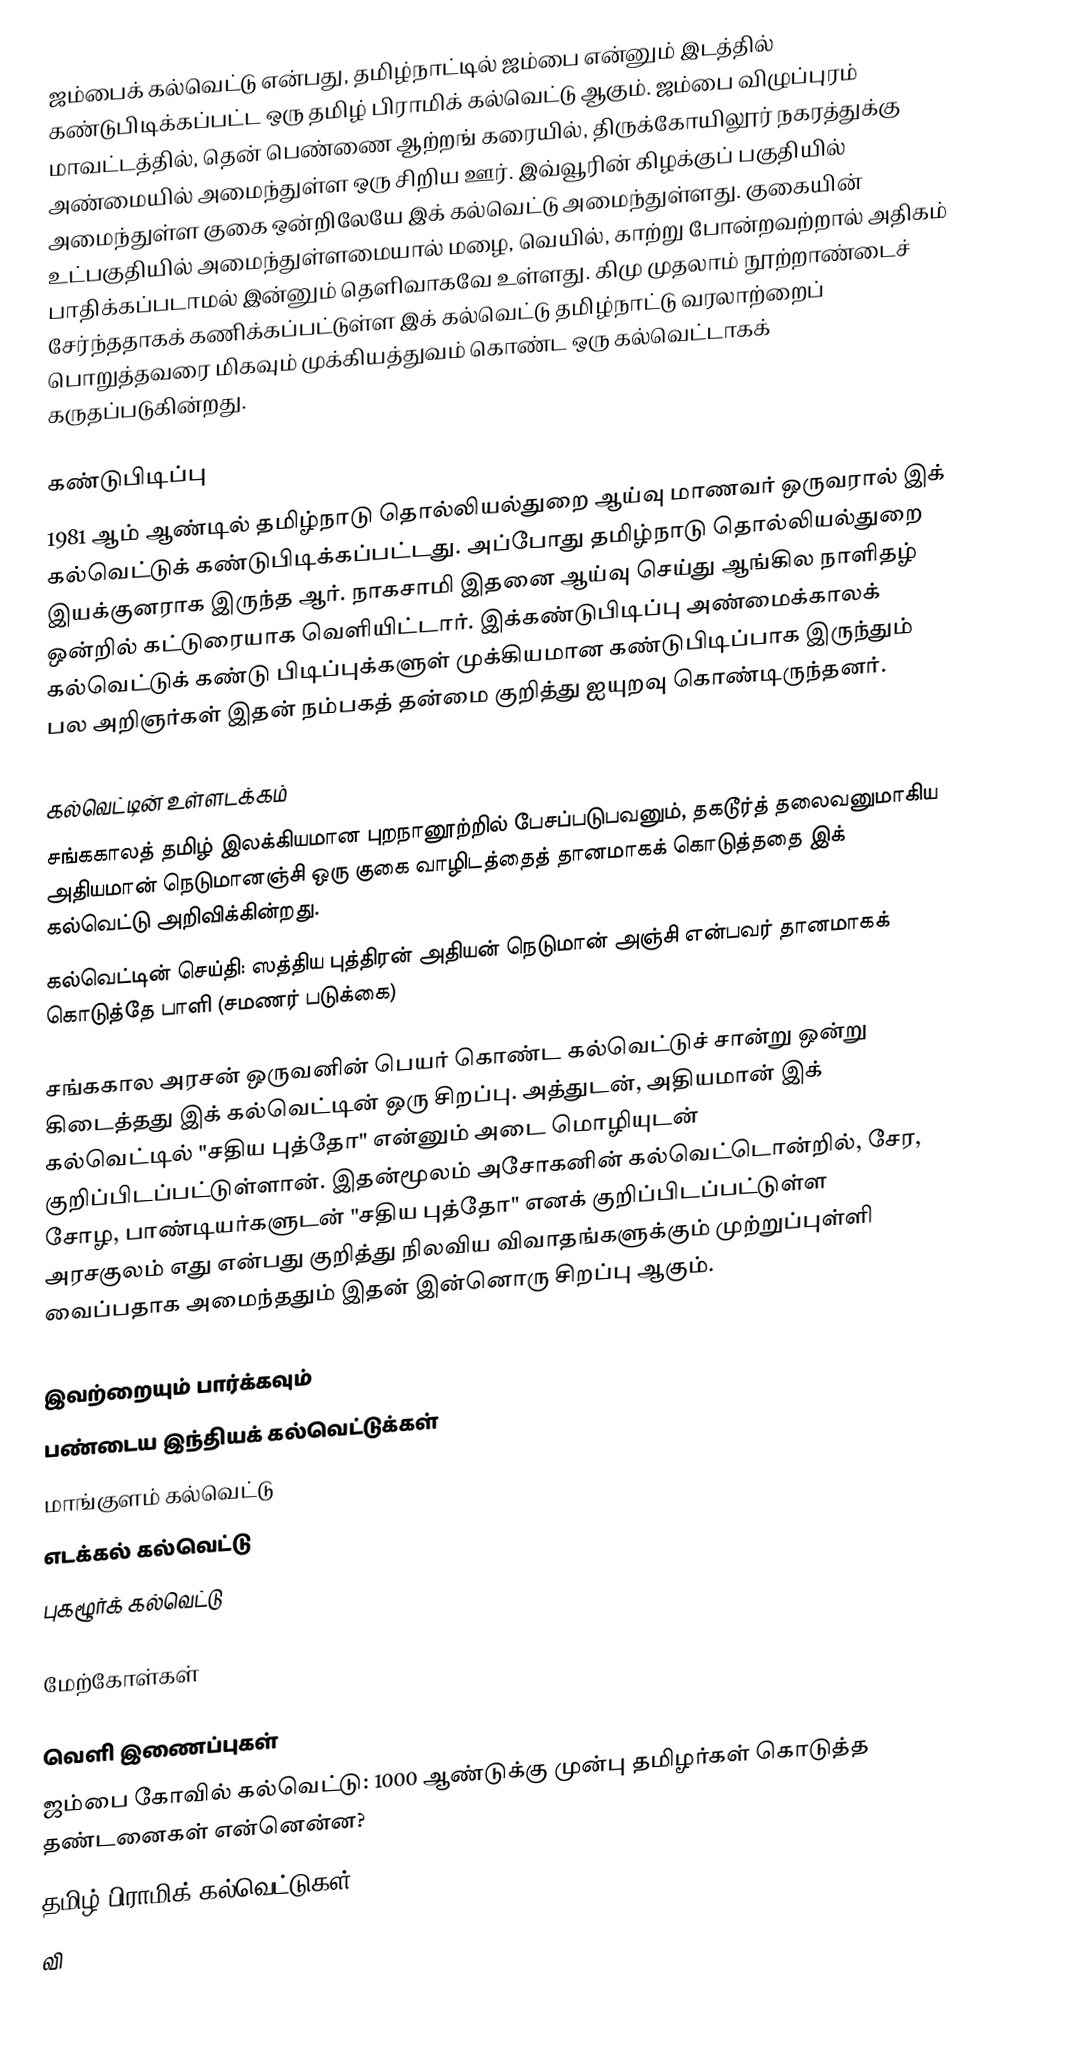
ஜம்பைக் கல்வெட்டு என்பது, தமிழ்நாட்டில் ஜம்பை என்னும் இடத்தில் கண்டுபிடிக்கப்பட்ட ஒரு தமிழ் பிராமிக் கல்வெட்டு ஆகும். ஜம்பை விழுப்புரம் மாவட்டத்தில், தென் பெண்ணை ஆற்றங் கரையில், திருக்கோயிலூர் நகரத்துக்கு அண்மையில் அமைந்துள்ள ஒரு சிறிய ஊர். இவ்வூரின் கிழக்குப் பகுதியில் அமைந்துள்ள குகை ஒன்றிலேயே இக் கல்வெட்டு அமைந்துள்ளது. குகையின் உட்பகுதியில் அமைந்துள்ளமையால் மழை, வெயில், காற்று போன்றவற்றால் அதிகம் பாதிக்கப்படாமல் இன்னும் தெளிவாகவே உள்ளது. கிமு முதலாம் நூற்றாண்டைச் சேர்ந்ததாகக் கணிக்கப்பட்டுள்ள இக் கல்வெட்டு தமிழ்நாட்டு வரலாற்றைப் பொறுத்தவரை மிகவும் முக்கியத்துவம் கொண்ட ஒரு கல்வெட்டாகக் கருதப்படுகின்றது.

கண்டுபிடிப்பு
1981 ஆம் ஆண்டில் தமிழ்நாடு தொல்லியல்துறை ஆய்வு மாணவர் ஒருவரால் இக் கல்வெட்டுக் கண்டுபிடிக்கப்பட்டது. அப்போது தமிழ்நாடு தொல்லியல்துறை இயக்குனராக இருந்த ஆர். நாகசாமி இதனை ஆய்வு செய்து ஆங்கில நாளிதழ் ஒன்றில் கட்டுரையாக வெளியிட்டார். இக்கண்டுபிடிப்பு அண்மைக்காலக் கல்வெட்டுக் கண்டு பிடிப்புக்களுள் முக்கியமான கண்டுபிடிப்பாக இருந்தும் பல அறிஞர்கள் இதன் நம்பகத் தன்மை குறித்து ஐயுறவு கொண்டிருந்தனர்.

கல்வெட்டின் உள்ளடக்கம்
சங்ககாலத் தமிழ் இலக்கியமான புறநானூற்றில் பேசப்படுபவனும், தகடூர்த் தலைவனுமாகிய அதியமான் நெடுமானஞ்சி ஒரு குகை வாழிடத்தைத் தானமாகக் கொடுத்ததை இக் கல்வெட்டு அறிவிக்கின்றது.
கல்வெட்டின் செய்தி: ஸத்திய புத்திரன் அதியன் நெடுமான் அஞ்சி என்பவர் தானமாகக் கொடுத்தே பாளி (சமணர் படுக்கை)

சங்ககால அரசன் ஒருவனின் பெயர் கொண்ட கல்வெட்டுச் சான்று ஒன்று கிடைத்தது இக் கல்வெட்டின் ஒரு சிறப்பு. அத்துடன், அதியமான் இக் கல்வெட்டில் "சதிய புத்தோ" என்னும் அடை மொழியுடன் குறிப்பிடப்பட்டுள்ளான். இதன்மூலம் அசோகனின் கல்வெட்டொன்றில், சேர, சோழ, பாண்டியர்களுடன் "சதிய புத்தோ" எனக் குறிப்பிடப்பட்டுள்ள அரசகுலம் எது என்பது குறித்து நிலவிய விவாதங்களுக்கும் முற்றுப்புள்ளி வைப்பதாக அமைந்ததும் இதன் இன்னொரு சிறப்பு ஆகும்.

இவற்றையும் பார்க்கவும்
 பண்டைய இந்தியக் கல்வெட்டுக்கள்
 மாங்குளம் கல்வெட்டு
 எடக்கல் கல்வெட்டு
 புகழூர்க் கல்வெட்டு

மேற்கோள்கள்

வெளி இணைப்புகள்
ஜம்பை கோவில் கல்வெட்டு: 1000 ஆண்டுக்கு முன்பு தமிழர்கள் கொடுத்த தண்டனைகள் என்னென்ன?
 தமிழ் பிராமிக் கல்வெட்டுகள்
வி